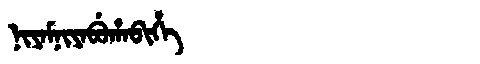
Manchu: ᠨᡳᠶᠠᠮᠨᡳᠶᠠᠪᡠᡥᠠᠪᡳᡥᡝ
Romanization: NIYAMNIYABUHABIHE